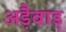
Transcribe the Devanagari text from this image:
अड़ैवाड़